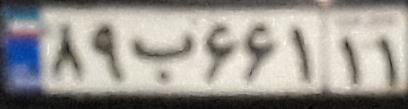
۸۹ب۶۶۱۱۱